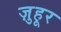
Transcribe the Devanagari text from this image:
ज़ुहूर